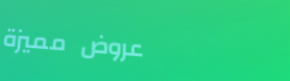
عروض مميزة